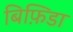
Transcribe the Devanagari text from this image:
बिफ़िडा